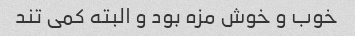
خوب و خوش مزه بود و البته کمی تند